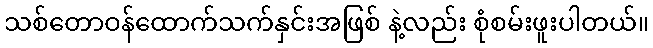
သစ်တောဝန်ထောက်သက်နှင်းအဖြစ် နဲ့လည်း စုံစမ်းဖူးပါတယ်။